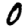
Digit: 0